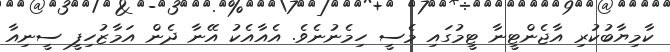
ކާމިޔާބުކުރި އާޖެންޓީނާ ޓީމުގައި މެސީ ހިމެނުނެވެ. އެއާއެކު އޭނާ ދެން އަމާޒުހިފީ ސީނިއާ